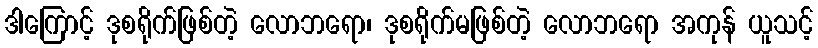
ဒါကြောင့် ဒုစရိုက်ဖြစ်တဲ့ လောဘရော၊ ဒုစရိုက်မဖြစ်တဲ့ လောဘရော အကုန် ယူသင့်